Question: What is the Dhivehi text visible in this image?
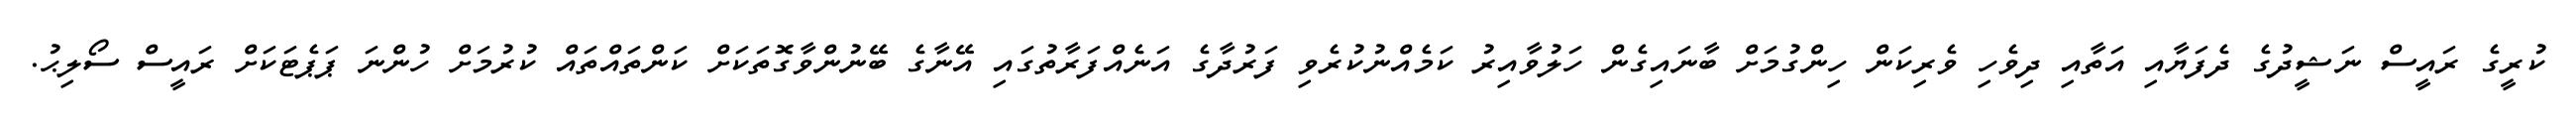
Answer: ކުރީގެ ރައީސް ނަޝީދުގެ ދެފަޔާއި އަތާއި ދިވެހި ވެރިކަން ހިންގުމަށް ބާނައިގެން ހަލުވާއިރު ކަމެއްނުކުރެވި ފަރުދާގެ އަނެއްފަރާތުގައި އޭނާގެ ބޭނުންވާގޮތަކަށް ކަންތައްތައް ކުރުމަށް ހުންނަ ޕަޕެޓަކަށް ރައީސް ސޯލިޙު.